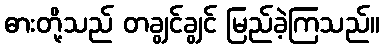
ဓားတို့သည် တချွင်ချွင် မြည်ခဲ့ကြသည်။